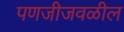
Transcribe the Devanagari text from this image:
पणजीजवळील